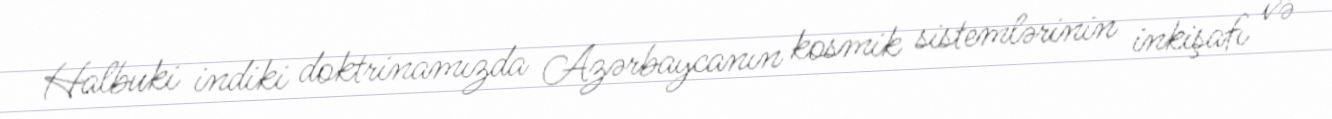
Halbuki indiki doktrinamızda Azərbaycanın kosmik sistemlərinin inkişafı və